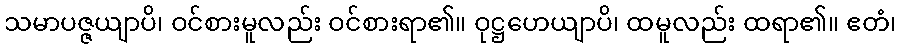
သမာပဇ္ဇယျာပိ၊ ဝင်စားမူလည်း ဝင်စားရာ၏။ ဝုဋ္ဌဟေယျာပိ၊ ထမူလည်း ထရာ၏။ ဧတံ၊